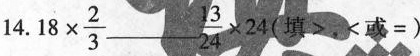
14. $$18 \times \frac{2}{3} ___ \frac{13}{24}\times 24$$ (填>，<或=)